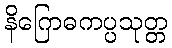
နိဂြောဓကပ္ပသုတ္တ